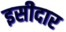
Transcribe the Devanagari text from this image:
इसीदार